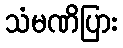
သံမဏိပြား